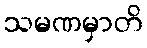
သမဏမှာတိ